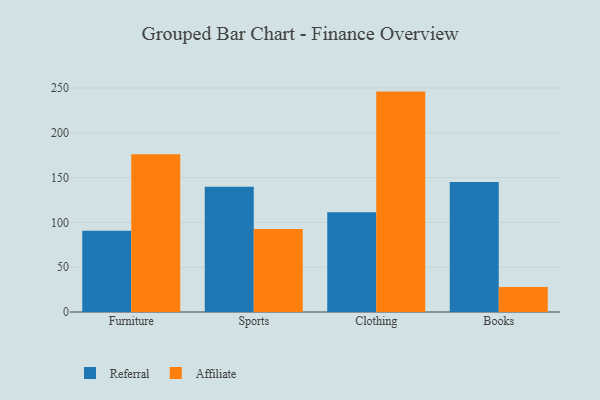
{"axis": {"x": "Category", "y": "Backlog"}, "legend": ["Affiliate", "Referral"], "data": [{"x": "Furniture", "y": 90.6, "type": "Referral"}, {"x": "Furniture", "y": 176.2, "type": "Affiliate"}, {"x": "Sports", "y": 139.9, "type": "Referral"}, {"x": "Sports", "y": 92.8, "type": "Affiliate"}, {"x": "Clothing", "y": 111.4, "type": "Referral"}, {"x": "Clothing", "y": 246.1, "type": "Affiliate"}, {"x": "Books", "y": 145.2, "type": "Referral"}, {"x": "Books", "y": 27.8, "type": "Affiliate"}]}